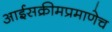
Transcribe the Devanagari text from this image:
आईसक्रीमप्रमाणेच